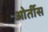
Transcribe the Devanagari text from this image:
ओर्तीस